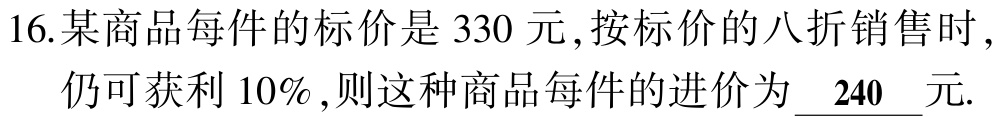
16.某商品每件的标价是 330 元,按标价的八折销售时,

仍可获利 10%,则这种商品每件的进价为 \underline{ 240 }元.